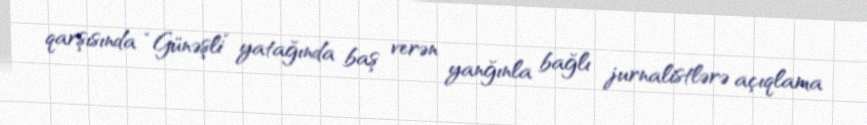
qarşısında “Günəşli” yatağında baş verən yanğınla bağlı jurnalistlərə açıqlama